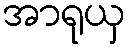
အာရုယှ